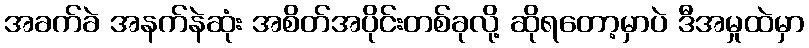
အခက်ခဲ အနက်နဲဆုံး အစိတ်အပိုင်းတစ်ခုလို့ ဆိုရတော့မှာပဲ ဒီအမှုထဲမှာ